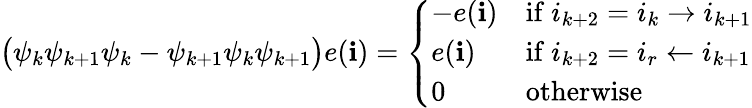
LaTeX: \begin{array}{r}{\big(\psi_{k}\psi_{k+1}\psi_{k}-\psi_{k+1}\psi_{k}\psi_{k+1}\big)e(\mathbf{i})=\left\{ \begin{array}{ll}{-e(\mathbf{i})}&{\mathrm{if~}i_{k+2}=i_{k}\rightarrow i_{k+1}}\\ {e(\mathbf{i})}&{\mathrm{if~}i_{k+2}=i_{r}\leftarrow i_{k+1}}\\ {0}&{\mathrm{otherwise}}\end{array}\right.}\end{array}